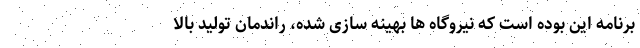
برنامه این بوده است که نیروگاه ها بهینه سازی شده، راندمان تولید بالا